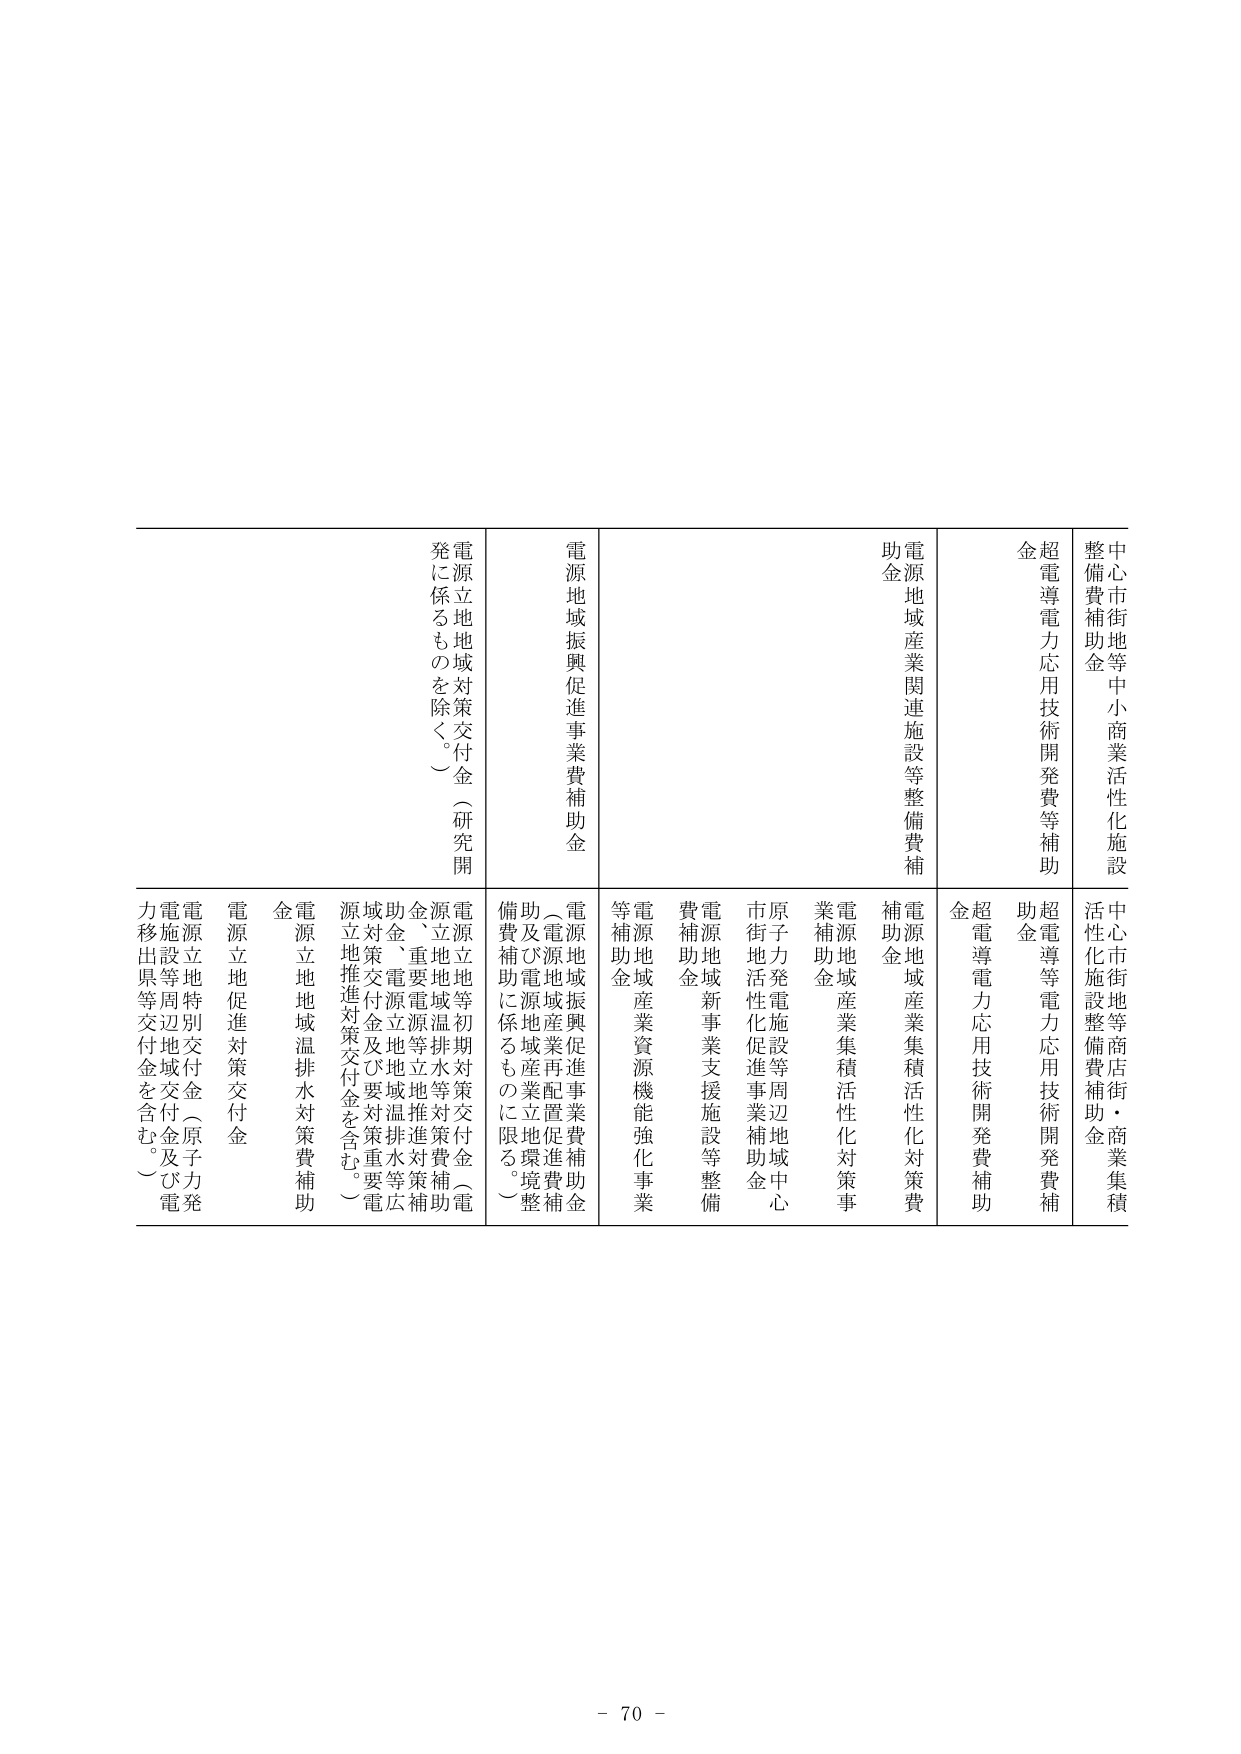
中心市街地等中小商業活性化施設整備費補助金
超電導電力応用技術開発費等補助金
電源地域産業関連施設等整備費補助金
電源地域振興促進事業費補助金
電源立地地域対策交付金（研究開発に係るものを除く。）

中心市街地等商店街・商業集積活性化施設整備費補助金
超電導等電力応用技術開発費補助金
超電導電力応用技術開発費補助金
電源地域産業集積活性化対策費補助金
電源地域産業集積活性化対策事業補助金
原子力発電施設等周辺地域中心市街地活性化促進事業補助金
電源地域新事業支援施設等整備費補助金
電源地域産業資源機能強化事業等補助金
（電源地域振興促進事業費補助金及び電源地域産業再配置促進費補助金に係るものに限る。）
電源立地等初期対策交付金（電源立地地域温排水対策補助金、重要電源立地等対策補助金、電源立地地域温排水等広域対策交付金及び要対策重要電源立地推進対策交付金を含む。）
電源立地地域温排水対策費補助金
電源立地促進対策交付金
電源立地特別交付金（原子力発電施設等周辺地域交付金及び電力移出県等交付金を含む。）

- 70 -